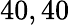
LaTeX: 40,40